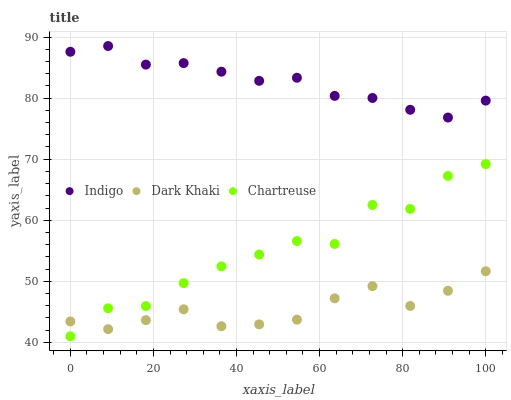
| xaxis_label | Indigo | Dark Khaki | Chartreuse |
 | --- | --- | --- | --- |
 | 0 | 87.6 | 43.4 | 41 |
 | 9.09 | 88.5 | 42.2 | 45.6 |
 | 18.2 | 85.5 | 43.6 | 45.9 |
 | 27.3 | 85.7 | 45.4 | 49.7 |
 | 36.4 | 84.3 | 42.6 | 52.4 |
 | 45.5 | 82.8 | 42.9 | 54.4 |
 | 54.5 | 83.3 | 43.7 | 56.6 |
 | 63.6 | 80.4 | 47.2 | 56.1 |
 | 72.7 | 80 | 49.2 | 62.5 |
 | 81.8 | 78.1 | 46 | 61.8 |
 | 90.9 | 76.8 | 48.4 | 67.3 |
 | 100 | 79.6 | 51.6 | 69.2 |